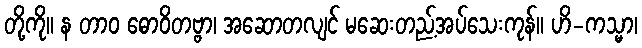
တို့ကို။ န တာဝ ဓောဝိတဗ္ဗာ၊ အဆောတလျင် မဆေးတည့်အပ်သေးကုန်။ ဟိ-ကသ္မာ၊